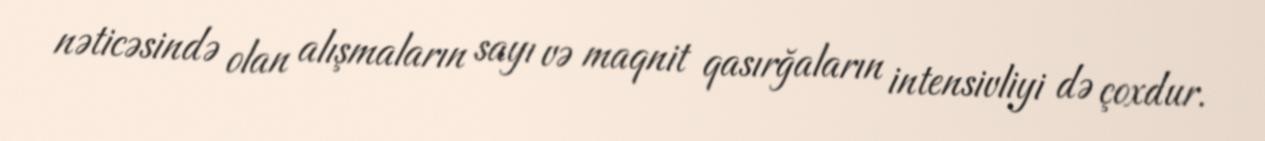
nəticəsində olan alışmaların sayı və maqnit qasırğaların intensivliyi də çoxdur.